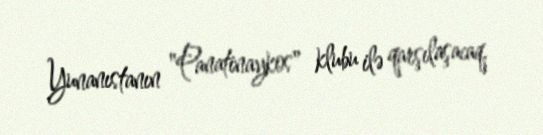
Yunanıstanın "Panatinaykos" klubu ilə qarşılaşacaq.